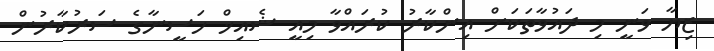
ޒިޔާ ވަނީ މި ދައުވާތަކަށް އިންކާރު ކުރައްވާ މިއީ ޝެއިޚް ހަސީނާގެ ސަރުކާރުން